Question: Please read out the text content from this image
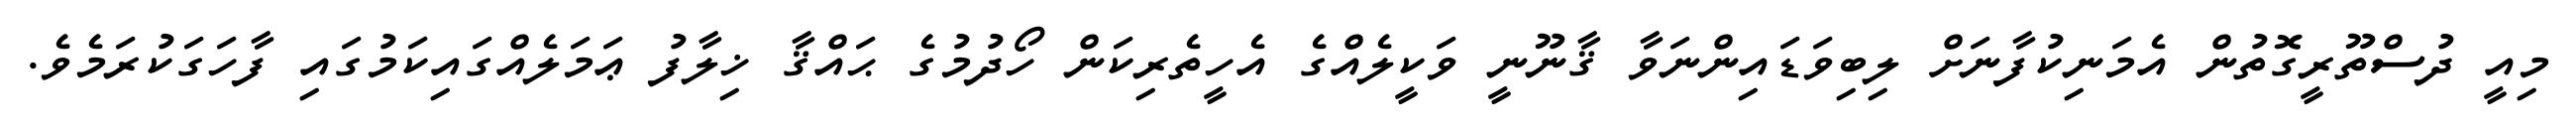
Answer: މިއީ ދުސްތޫރީގޮތުން އެމަނިކުފާނަށް ލިބިވަޑައިންނަވާ ޤާނޫނީ ވަކީލެއްގެ އެހީތެރިކަން ހޯދުމުގެ ޙައްޤާ ޚިލާފު ޢަމަލެއްގައިކަމުގައި ފާހަގަކުރަމެވެ.